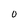
Character: O